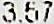
3.57